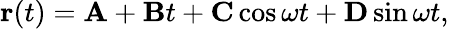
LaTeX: {\mathbf r}(t)={\mathbf A}+{\mathbf B}t+{\mathbf C}\cos\omega t+{\mathbf D}\sin\omega t,